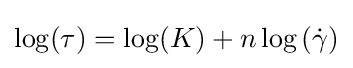
\log(\tau )=\log(K)+n\log \left({\dot {\gamma }}\right)